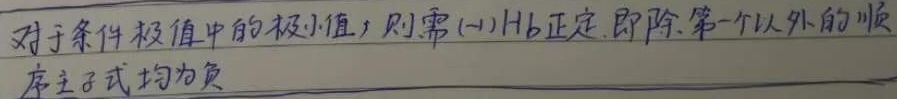
对于条件极值中的极小值，则需\((- 1)^kH_k\)正定，即除第一个以外的顺序主子式均为负。 （注：原文中“\((-1)Hb\)”推测应为“\((- 1)^kH_k\)”，这里按原文呈现未作修改） 。